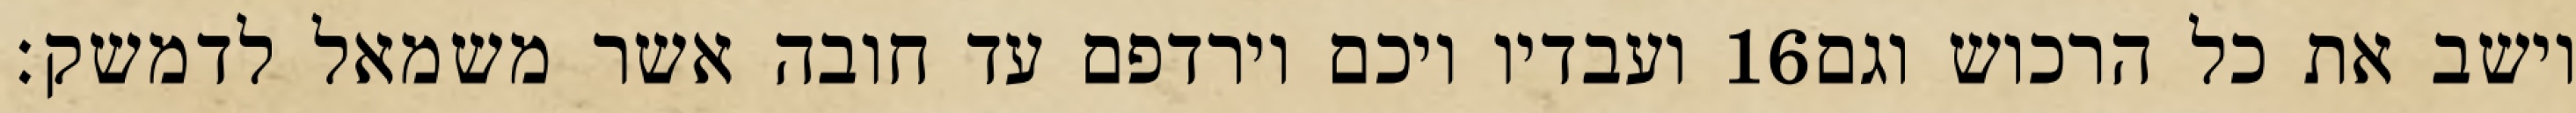
ועבדיו ויכם וירדפם עד חובה אשר משמאל לדמשק׃ ‎16‏ וישב את כל הרכוש וגם